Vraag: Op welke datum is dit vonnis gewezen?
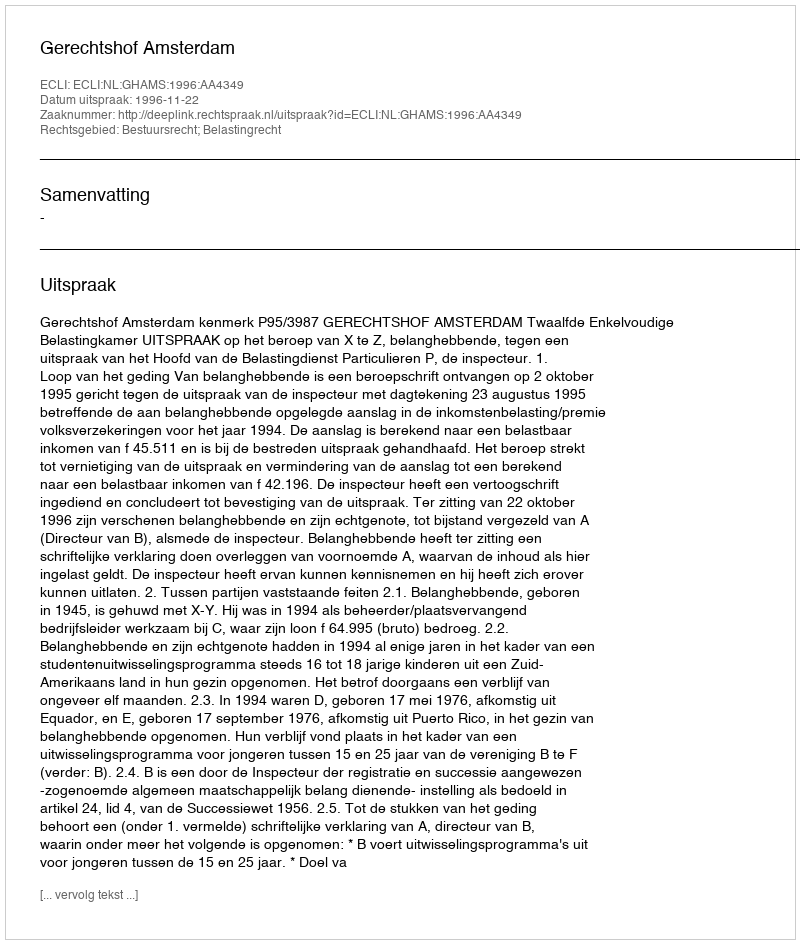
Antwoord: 1996-11-22